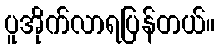
ပူအိုက်လာရပြန်တယ်။